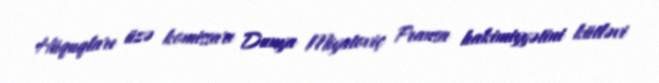
Hüquqları üzə komissarı Dunya Miyatoviç Fransa hakimiyyətini kütləvi